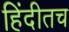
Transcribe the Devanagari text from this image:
हिंदीतच